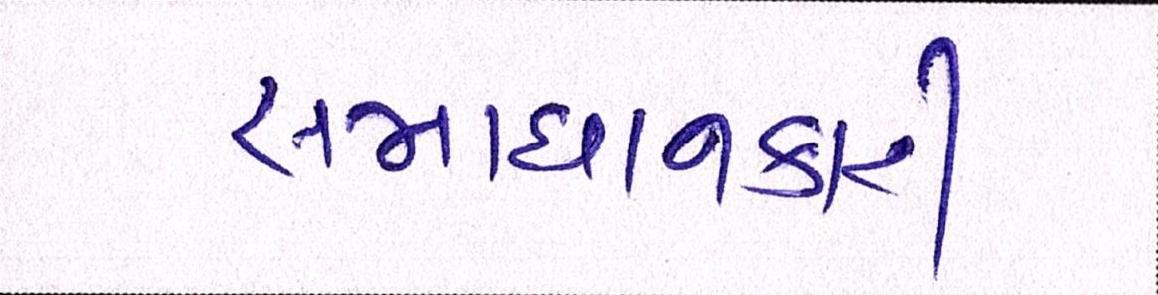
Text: સમાધાનકારી